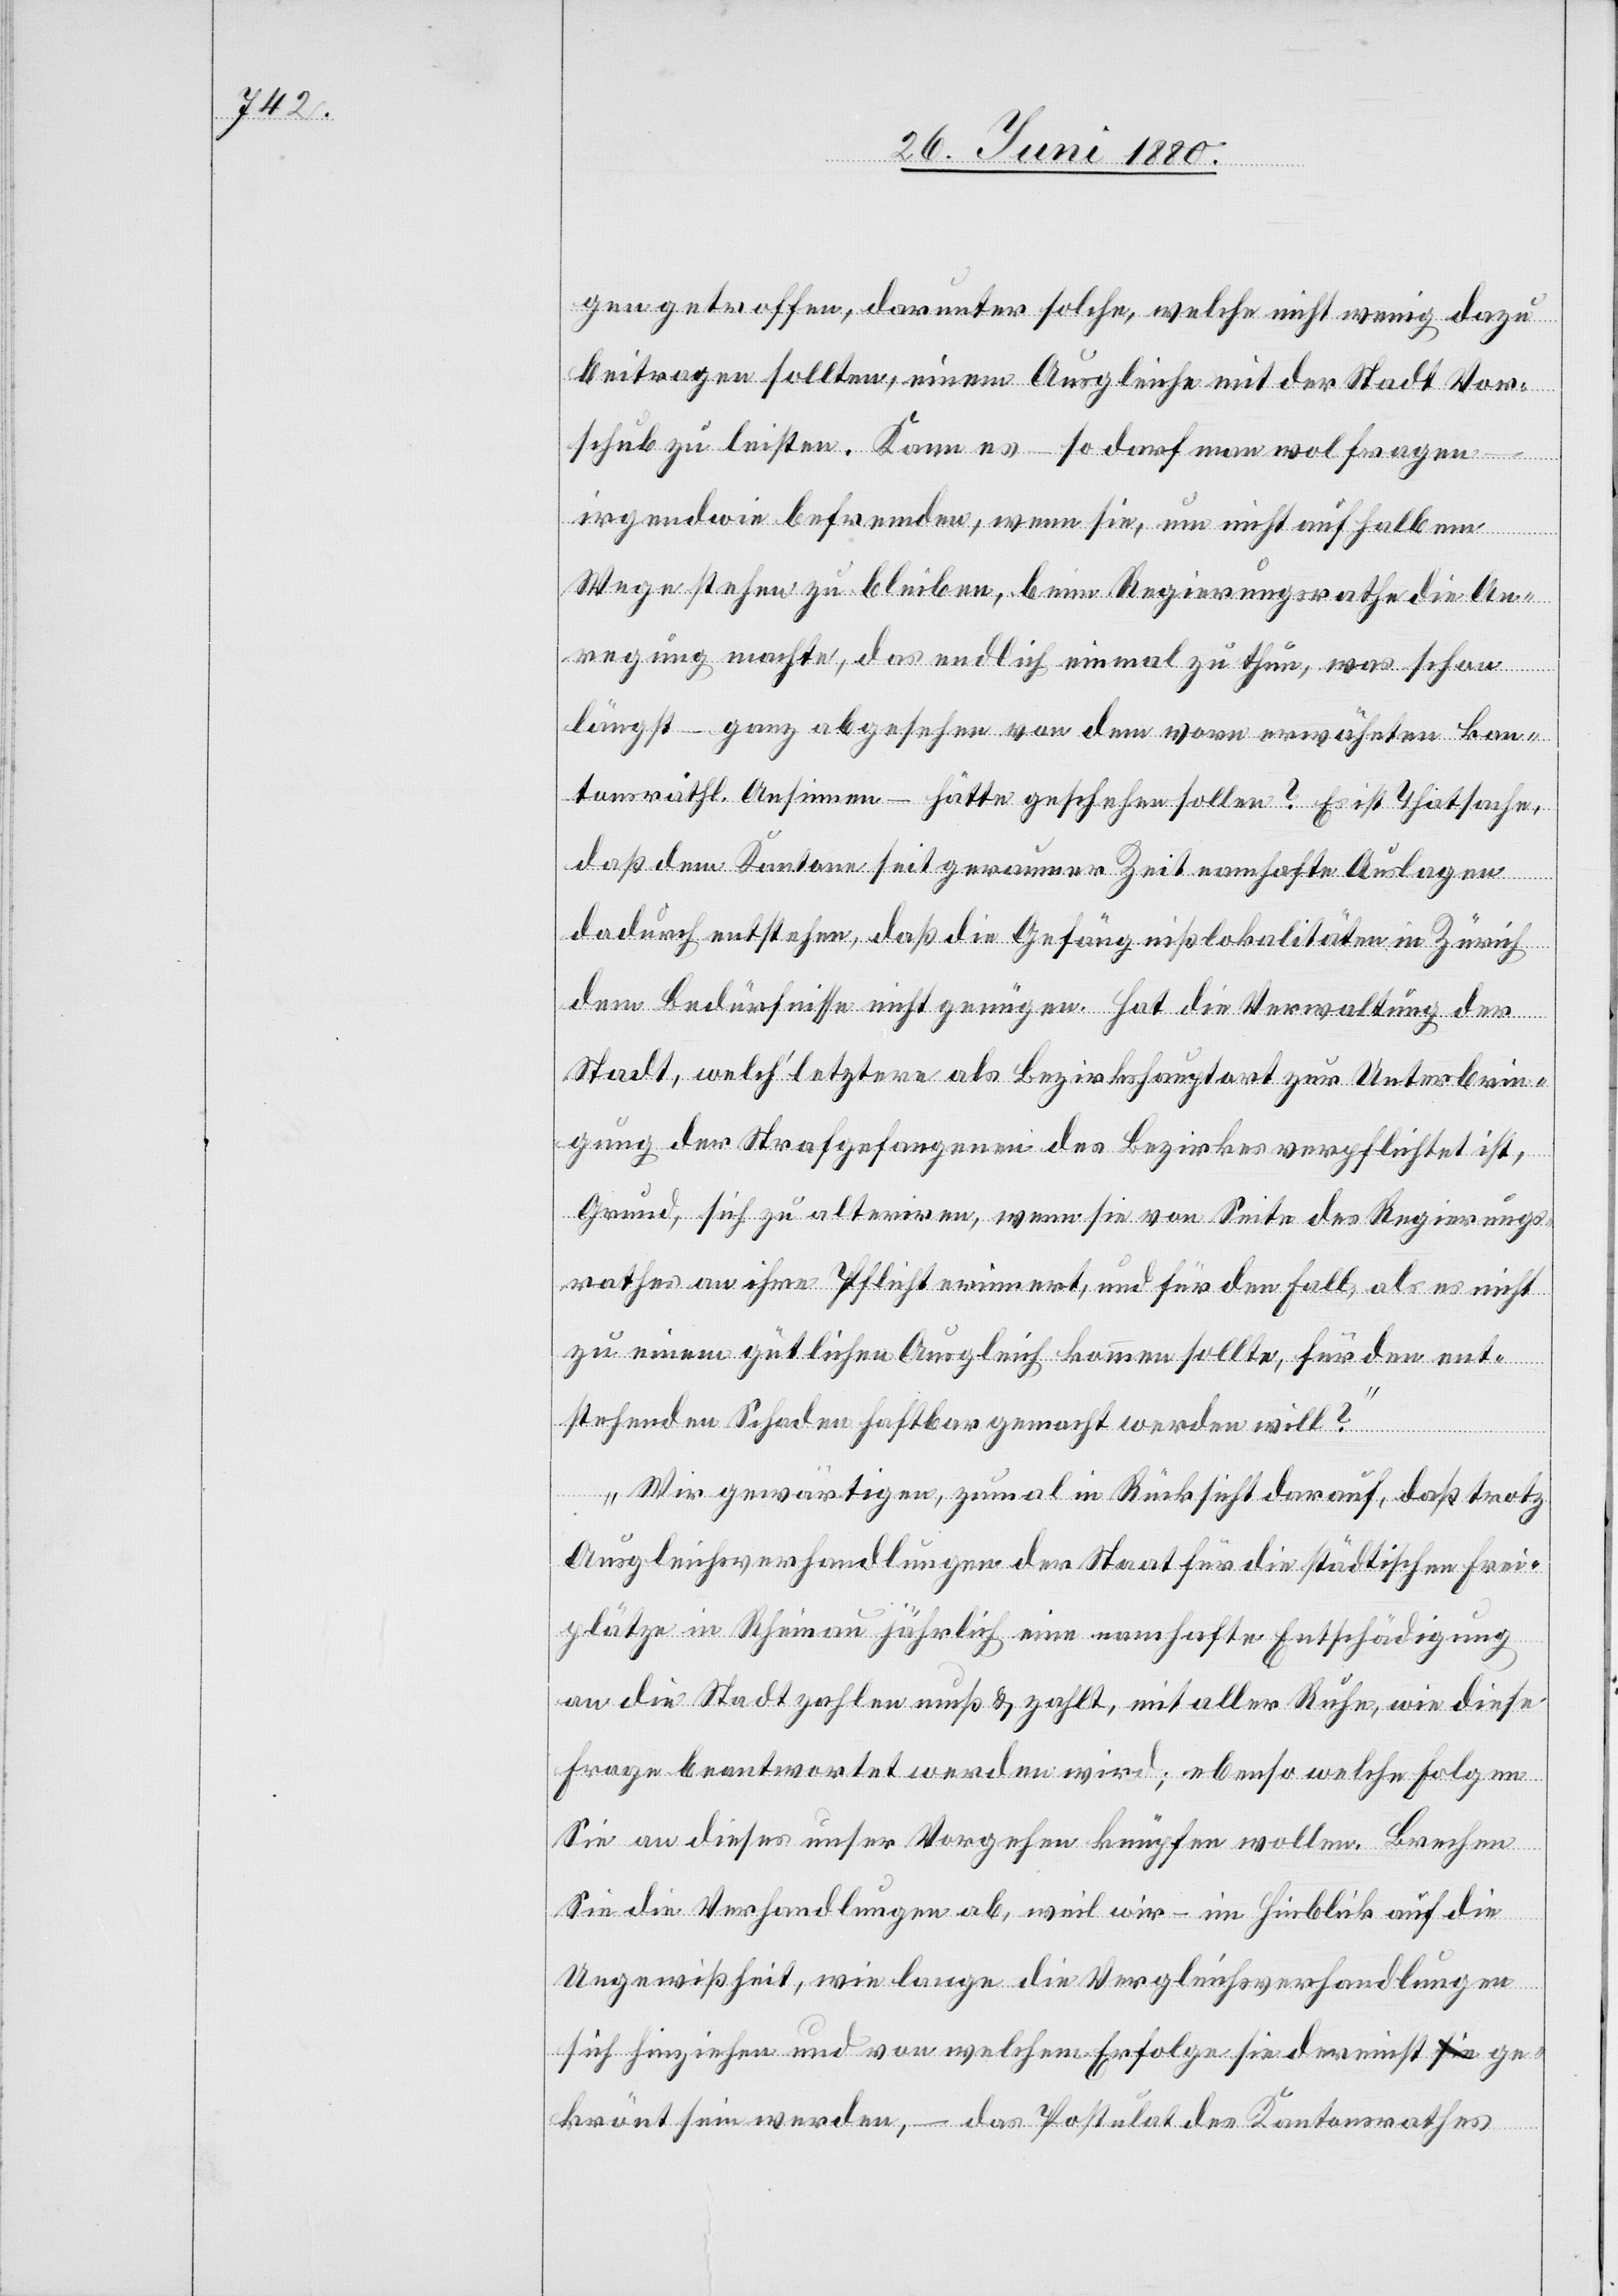
gen getroffen, darunter solche, welche nicht wenig dazu
beitragen sollten, einem Ausgleiche mit der Stadt Vor¬
schub zu leisten. Kann es – so darf man wol fragen
irgendwie befremden, wenn sie, um nicht auf halbem
Wege stehen zu bleiben, beim Regierungsrathe die An¬
regung machte, das endlich einmal zu thun, was schon
längst – ganz abgesehen von dem vorn erwähnten kan¬
tonsräthl. Ansinnen – hätte geschehen sollen? Es ist Thatsache,
daß dem Kanton seit geraumer Zeit namhafte Auslagen
dadurch entstehen, daß die Gefängnißlokalitäten in Zürich
dem Bedürfnisse nicht genügen. Hat die Verwaltung der
Stadt, welch‘ letztere als Bezirkshauptort zur Unterbrin¬
gung der Strafgefangenen des Bezirkes verpflichtet ist,
Grund, sich zu alteriren, wenn sie von Seite des Regierungs¬
rathes an ihre Pflicht erinnert, und für den Fall, als es nicht
zu einem gütlichen Ausgleich kommen sollte, für den ent¬
stehenden Schaden haftbar gemacht werden will?
Wir gewärtigen, zumal in Rücksicht darauf, daß trotz
Ausgleichverhandlungen der Staat für die städtischen Frei¬
plätze in Rheinau jährlich eine namhafte Entschädigung
an die Stadt zahlen muß & zahlt, mit aller Ruhe, wie diese
Frage beantwortet werden wird; ebenso welche Folgen
Sie an dieses unser Vorgehen knüpfen wollen. Brechen
Sie die Verhandlungen ab, weil wir – im Hinblick auf die
Ungewißheit, wie lange die Vergleichsverhandlungen
sich hinziehen und von welchem Erfolge sie dereinst ge¬
krönt sein werden, – das Postulat des Kantonsrathes